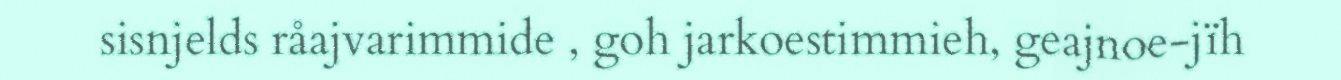
sisnjelds råajvarimmide , goh jarkoestimmieh, geajnoe-jïh